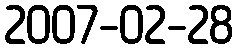
2007-02-28